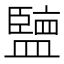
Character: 𱲚